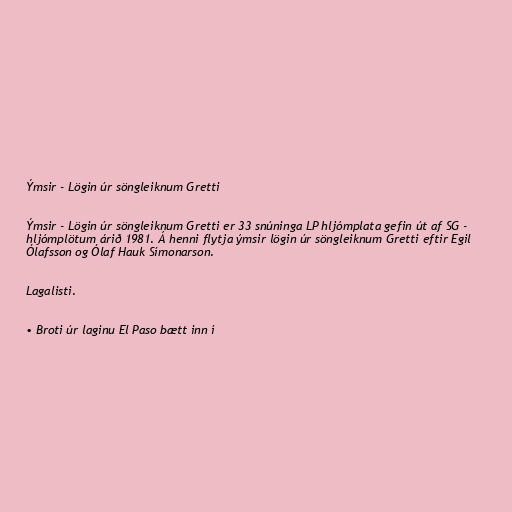
Ýmsir - Lögin úr söngleiknum Gretti

Ýmsir - Lögin úr söngleiknum Gretti er 33 snúninga LP hljómplata gefin út af SG -
hljómplötum árið 1981. Á henni flytja ýmsir lögin úr söngleiknum Gretti eftir Egil
Ólafsson og Ólaf Hauk Símonarson.

Lagalisti.

• Broti úr laginu El Paso bætt inn í